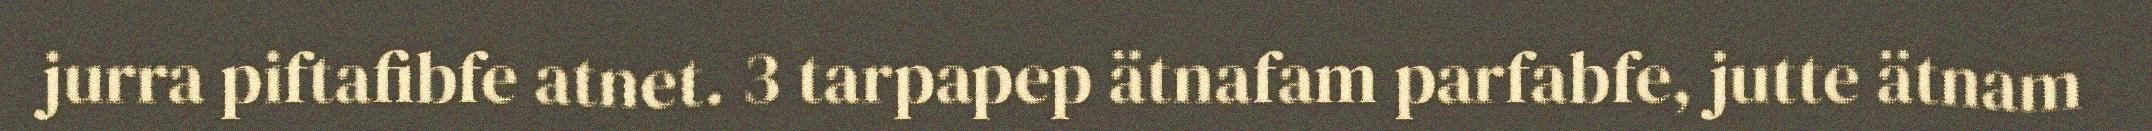
jurra piftafibfe atnet. 3 tarpapep ätnafam parfabfe, jutte ätnam